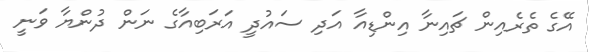
އޭގެ ތެރެއިން ޗައިނާ އިންޑިއާ އަދި ސައުދީ އަރަބިއާގެ ނަން ދުންޔާ ވަނީ